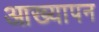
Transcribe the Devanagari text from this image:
आख्यापन